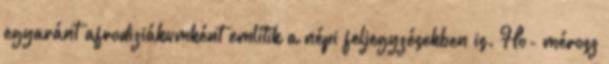
egyaránt afrodiziákumként említik a népi feljegyzésekben is. Ho- mérosz